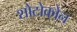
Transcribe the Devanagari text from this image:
शोटोकोन